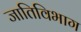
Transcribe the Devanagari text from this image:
जातिविभाग